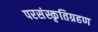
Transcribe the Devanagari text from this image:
परसंस्कृतिग्रहण